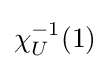
\chi _{U}^{-1}(1)